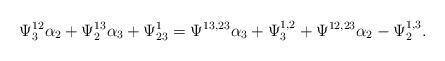
LaTeX: \begin{align*}\Psi^{12}_3\alpha_2+\Psi^{13}_2\alpha_3+\Psi^{1}_{23}= \Psi^{13,23}\alpha_3+\Psi^{1,2}_3+\Psi^{12,23}\alpha_2-\Psi^{1,3}_2.\end{align*}